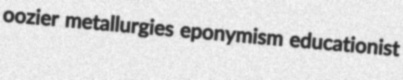
oozier metallurgies eponymism educationist